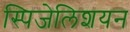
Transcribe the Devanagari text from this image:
स्पिजेलिशयन